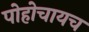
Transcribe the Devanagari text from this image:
पोहोचायच